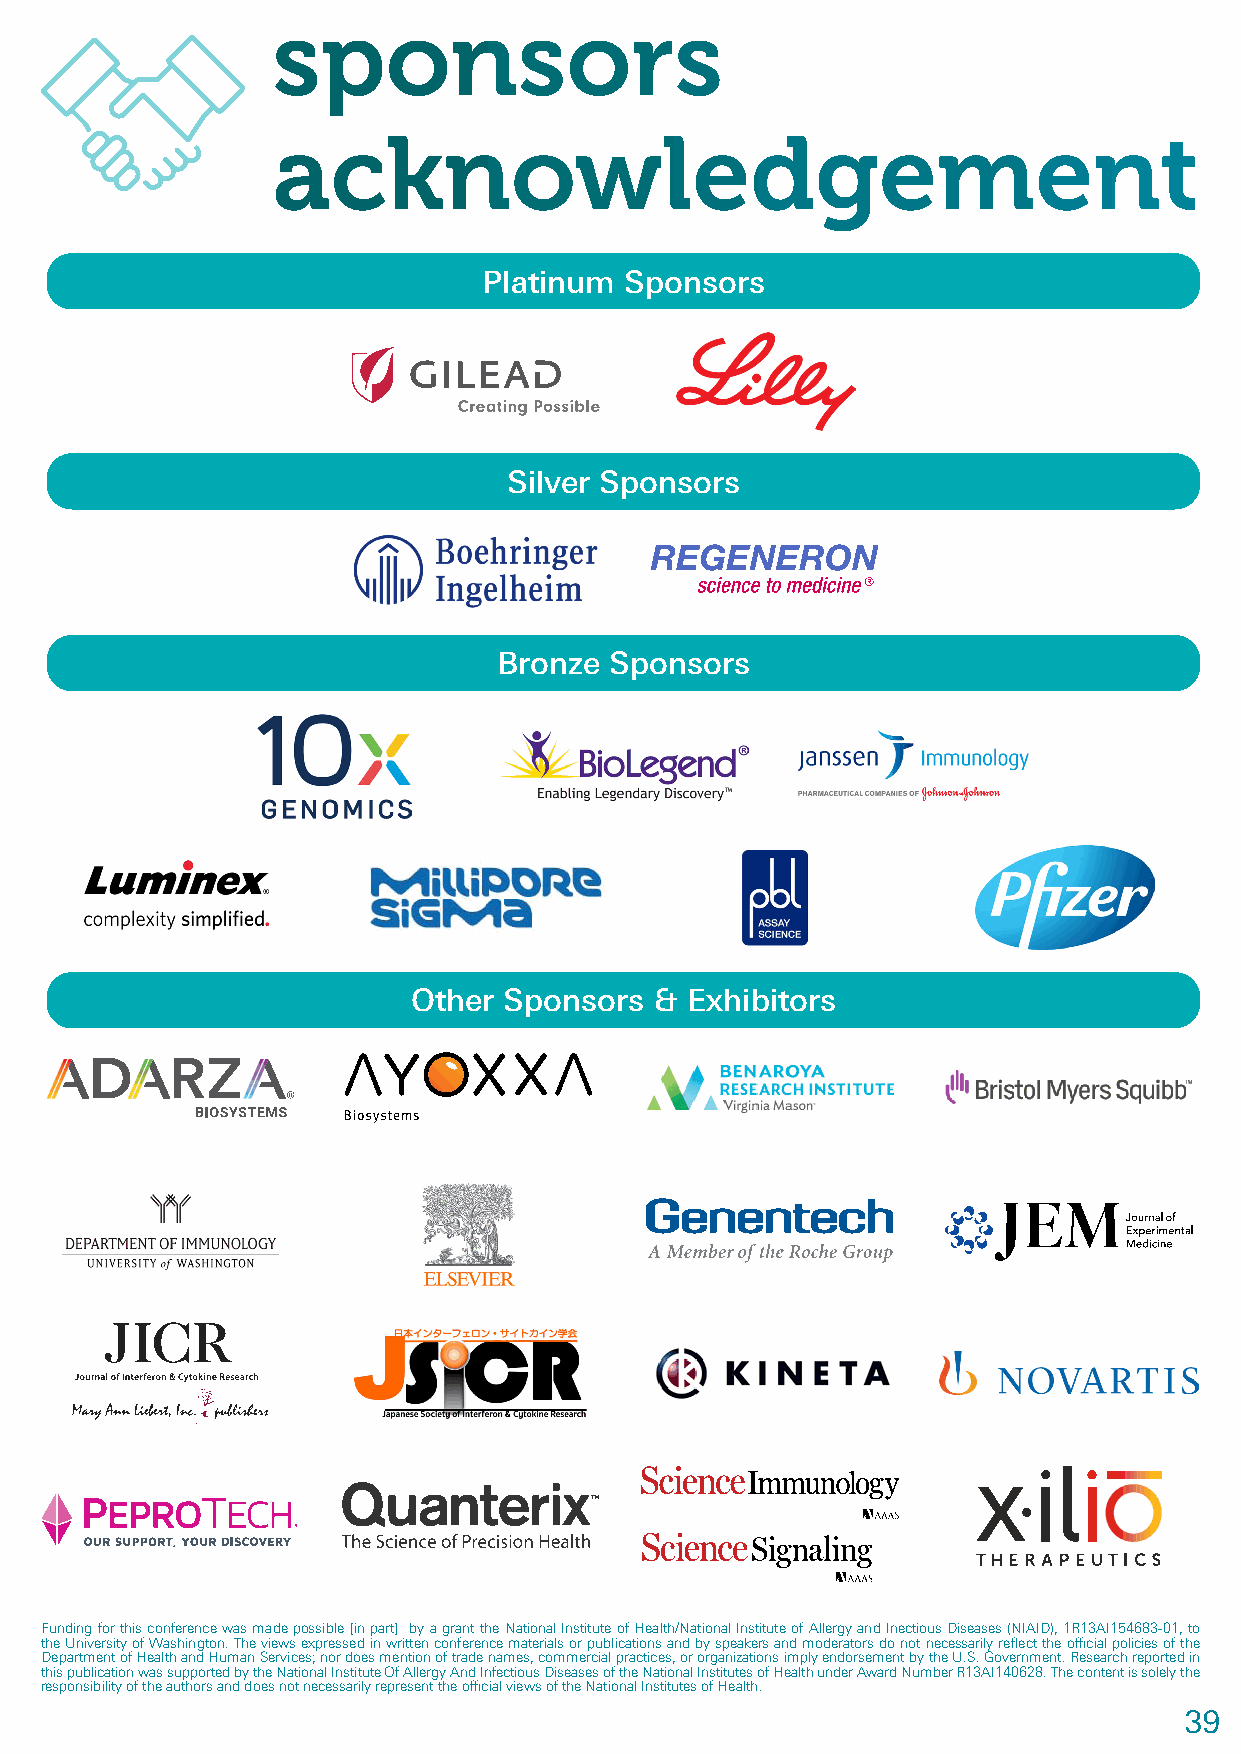
sponsors
 acknowledgement
 Platinum Sponsors
 Silver Sponsors
 Bronze Sponsors
 Other Sponsors  & Exhibitors
 Funding for this conference was made possible [in part] by a grant the National Institute of Health/National Institute of Allergy and Inectious Diseases (NIAID), 1R13AI154683-01, to
 the University of Washington. The views expressed in written conference materials or publications and by speakers and moderators do not necessarily reflect the official policies of the
 Department of Health and Human Services; nor does mention of trade names, commercial practices, or organizations imply endorsement by the U.S. Government. Research reported in
 this publication was supported by the National Institute Of Allergy And Infectious Diseases of the National Institutes of Health under Award Number R13AI140628. The content is solely the
 responsibility of the authors and does not necessarily represent the official views of the National Institutes of Health.
 39